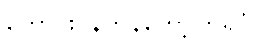
တောင်းပန်ကန်တော့ကြရပုံ။